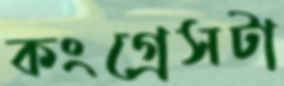
কংগ্রেসটা